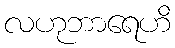
လဟုဘာရေဟိ